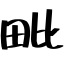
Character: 毗